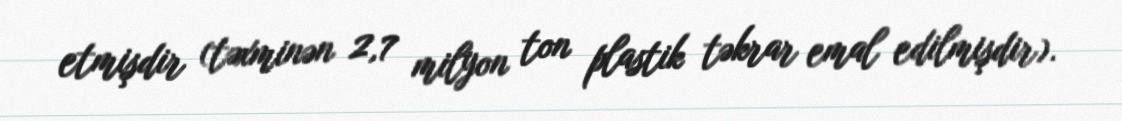
etmişdir (təxminən 2,7 milyon ton plastik təkrar emal edilmişdir).